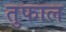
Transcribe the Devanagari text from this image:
तुफाल